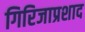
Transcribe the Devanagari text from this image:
गिरिजाप्रशाद